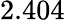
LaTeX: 2.404